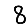
Digit: 8